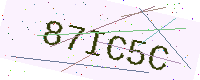
Text: 87IC5C